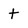
Character: t